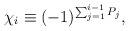
\begin{align*}\chi_i \equiv (- 1)^{\sum_{j=1}^{i-1} P_j} ,\end{align*}